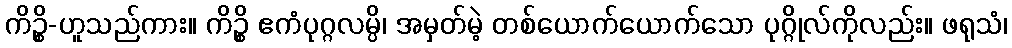
ကိဉ္စိ-ဟူသည်ကား။ ကိဉ္စိ ဧကံပုဂ္ဂလမ္ပိ၊ အမှတ်မဲ့ တစ်ယောက်ယောက်သော ပုဂ္ဂိုလ်ကိုလည်း။ ဖရုသံ၊